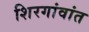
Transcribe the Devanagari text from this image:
शिरगांवांत